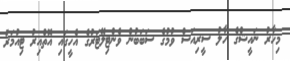
މިހާރު ނައީޝްގެ ހާލު ސީރިއަސް ވުމުގެ ސަބަބުން ވެންޓިލޭޓަރުގެ އެހީގައި އޮތްއިރު ޓިއުމަރު